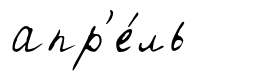
апр'е́ль